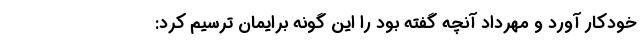
خودکار آورد و مهرداد آنچه گفته بود را این گونه برایمان ترسیم کرد: